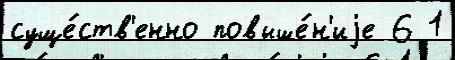
суще́ств'енно повыше́н'иjе 6 1